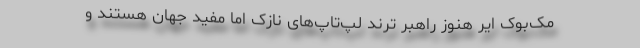
مک‌بوک ایر هنوز راهبر ترند لپ‌تاپ‌های نازک اما مفید جهان هستند و